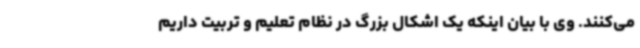
می‌کنند. وی با بیان اینکه یک اشکال بزرگ در نظام تعلیم و تربیت داریم